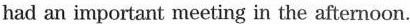
had an important meeting in the afternoon.